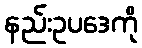
နည်းဥပဒေကို